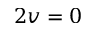
2 v = 0